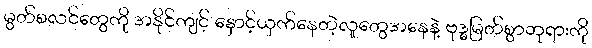
မွတ်စလင်တွေကို အနိုင်ကျင့် နှောင့်ယှက်နေတဲ့လူတွေအနေနဲ့ ဗုဒ္ဓမြတ်စွာဘုရားကို